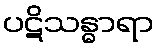
ပဋိသန္ဓာရာ